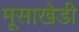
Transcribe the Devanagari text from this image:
मूसाखेडी